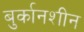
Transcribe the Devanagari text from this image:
बुर्कानशीन